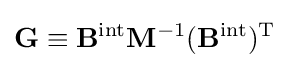
\mathbf {G} \equiv \mathbf {B} ^{\mathrm {int} }\mathbf {M} ^{-1}(\mathbf {B} ^{\mathrm {int} })^{\mathrm {T} }